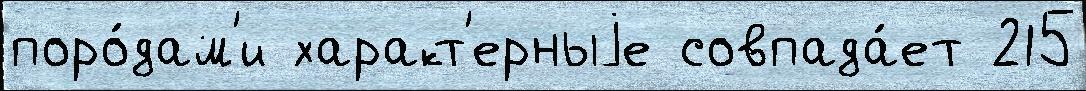
поро́дам'и характ'ерныjе совпада́ет 215